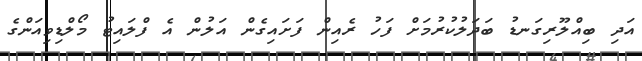
އަދި ބިއްލޫރިގަނޑު ބަދަލުކުރުމަށް ފަހު ރެއިން ފަށައިގެން އަލުން އެ ފްލައިޓު މޯލްޑިވިއަންގެ